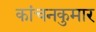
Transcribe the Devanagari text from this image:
कांचनकुमार